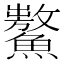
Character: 𩼡